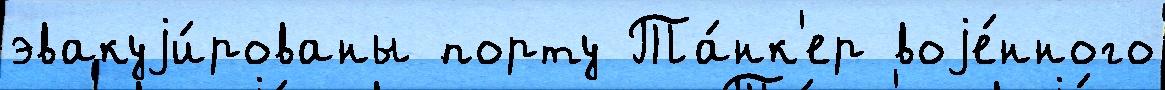
эвакуjи́рованы порту Та́нк'ер воjе́нного